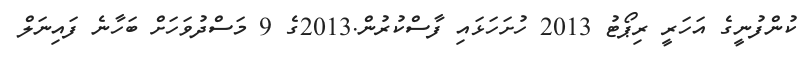
ކުންފުނީގެ އަހަރީ ރިޕޯޓު 2013 ހުށަހަޅައި ފާސްކުރުން.2013ގެ 9 މަސްދުވަހަށް ބަހާނެ ފައިނަލް